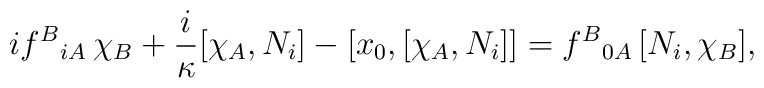
i f^{B}{}_{i A}\, \chi_B+\frac{i}\kappa [\chi_A,N_i]- [x_0,[\chi_A, N_i]] =f^{B}{}_{0 A}\, [N_i, \chi_B],